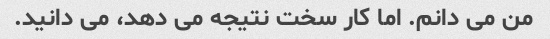
من می دانم. اما کار سخت نتیجه می دهد، می دانید.